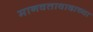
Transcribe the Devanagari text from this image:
मानवतावादाच्या